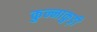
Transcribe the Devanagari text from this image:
कुन्नाकुड़ी